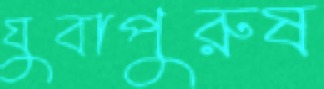
যুবাপুরুষ